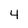
Character: 4